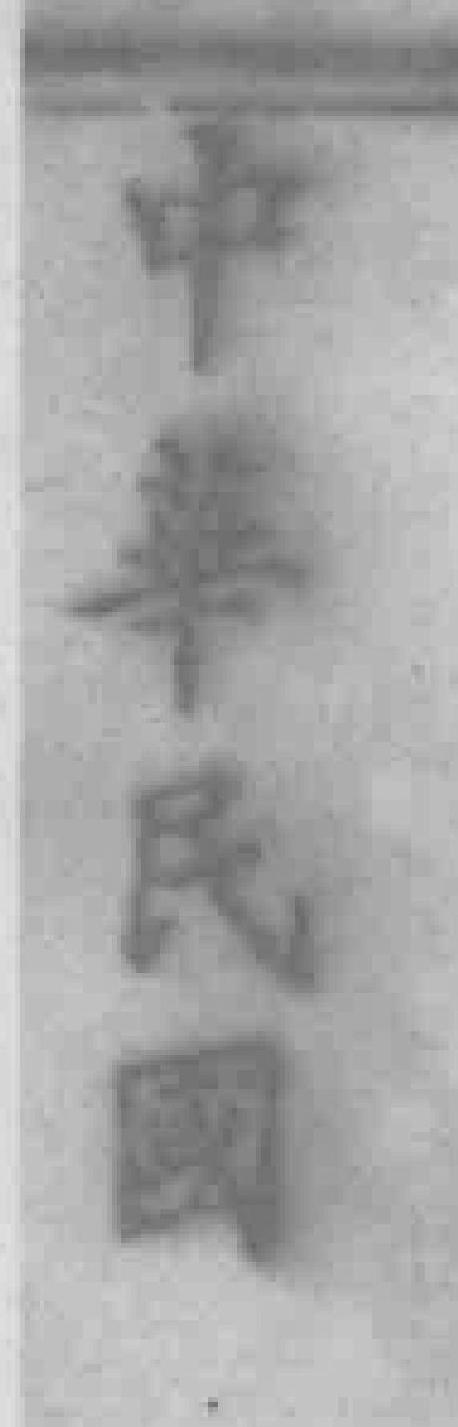
中華民园